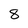
Character: 8